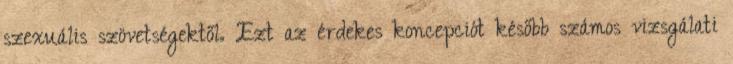
szexuális szövetségektől. Ezt az érdekes koncepciót később számos vizsgálati